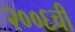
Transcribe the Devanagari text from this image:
२००६ची